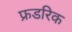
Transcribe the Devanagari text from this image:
फ्रडरिक